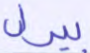
بيرل